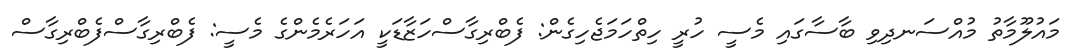
މައުލޫމާތު މުއްސަނދިވި ބާސާގައި މެސީ ހުރީ ހިތްހަމަޖެހިގެން: ފެބްރިގާސްހަޒާޑަކީ އަހަރެމެންގެ މެސީ: ފެބްރިގާސްފެބްރިގާސް